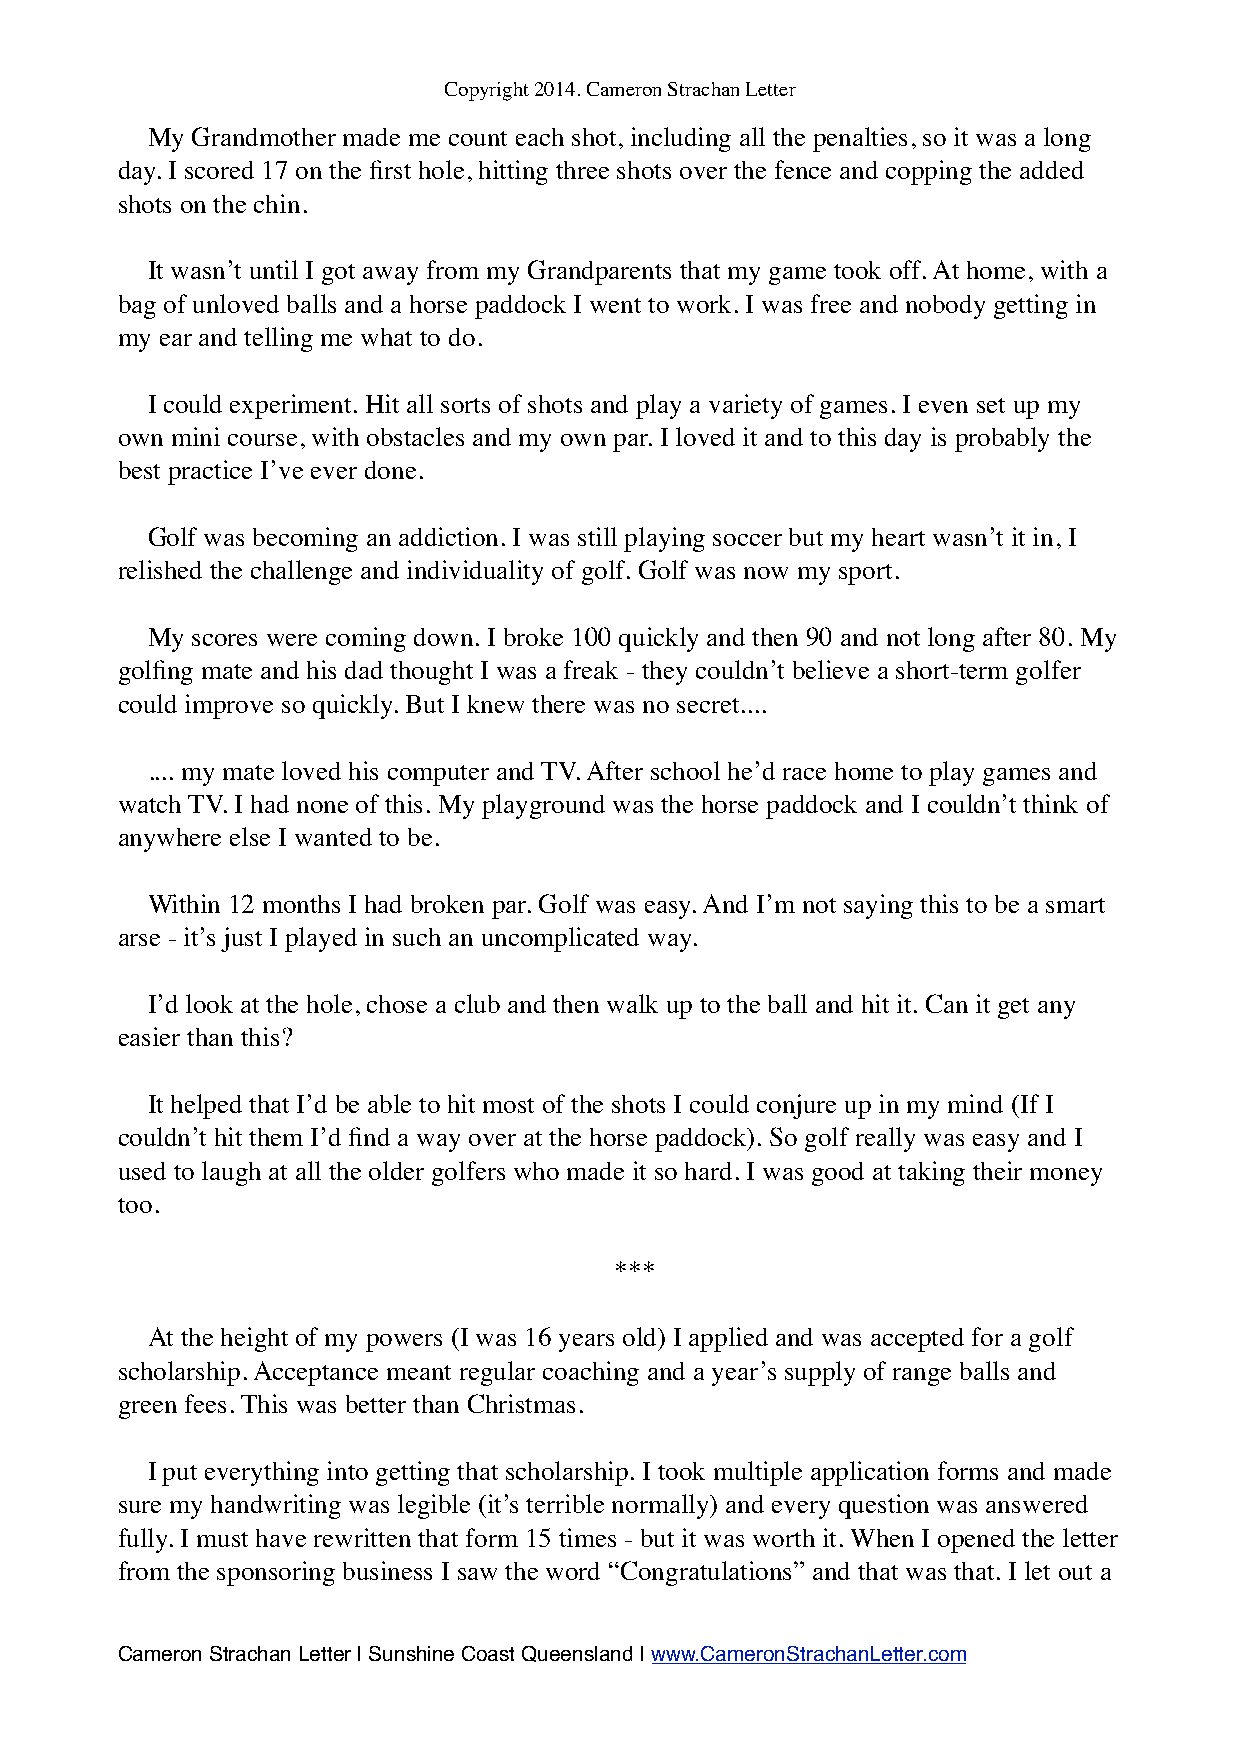
Copyright 2014. Cameron Strachan Letter
 My Grandmother made me count each shot, including all the penalties, so it was a long
 day. I scored 17 on the first hole, hitting three shots over the fence and copping the added
 shots on the chin.
 It wasn’t until I got away from my Grandparents that my game took off. At home, with a
 bag of unloved balls and a horse paddock I went to work. I was free and nobody getting in
 my ear and telling me what to do.
 I could experiment. Hit all sorts of shots and play a variety of games. I even set up my
 own mini course, with obstacles and my own par. I loved it and to this day is probably the
 best practice I’ve ever done.
 Golf was becoming an addiction. I was still playing soccer but my heart wasn’t it in, I
 relished the challenge and individuality of golf. Golf was now my sport.
 My scores were coming down. I broke 100 quickly and then 90 and not long after 80. My
 golfing mate and his dad thought I was a freak - they couldn’t believe a short-term golfer
 could improve so quickly. But I knew there was no secret....
 .... my mate loved his computer and TV. After school he’d race home to play games and
 watch TV. I had none of this. My playground was the horse paddock and I couldn’t think of
 anywhere else I wanted to be.
 Within 12 months I had broken par. Golf was easy. And I’m not saying this to be a smart
 arse - it’s just I played in such an uncomplicated way.
 I’d look at the hole, chose a club and then walk up to the ball and hit it. Can it get any
 easier than this?
 It helped that I’d be able to hit most of the shots I could conjure up in my mind (If I
 couldn’t hit them I’d find a way over at the horse paddock). So golf really was easy and I
 used to laugh at all the older golfers who made it so hard. I was good at taking their money
 too.
 ***
 At the height of my powers (I was 16 years old) I applied and was accepted for a golf
 scholarship. Acceptance meant regular coaching and a year’s supply of range balls and
 green fees. This was better than Christmas.
 I put everything into getting that scholarship. I took multiple application forms and made
 sure my handwriting was legible (it’s terrible normally) and every question was answered
 fully. I must have rewritten that form 15 times - but it was worth it. When I opened the letter
 from the sponsoring business I saw the word “Congratulations” and that was that. I let out a
 Cameron Strachan Letter | Sunshine Coast Queensland | www.CameronStrachanLetter.com